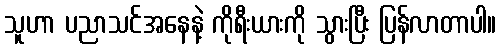
သူဟာ ပညာသင်အနေနဲ့ ကိုရီးယားကို သွားပြီး ပြန်လာတာပါ။